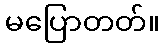
မပြောတတ်။